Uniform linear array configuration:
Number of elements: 8
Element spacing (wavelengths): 0.5
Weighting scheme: hamming
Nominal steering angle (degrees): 60
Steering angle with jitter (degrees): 61.058
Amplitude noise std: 0.05
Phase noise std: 0.05

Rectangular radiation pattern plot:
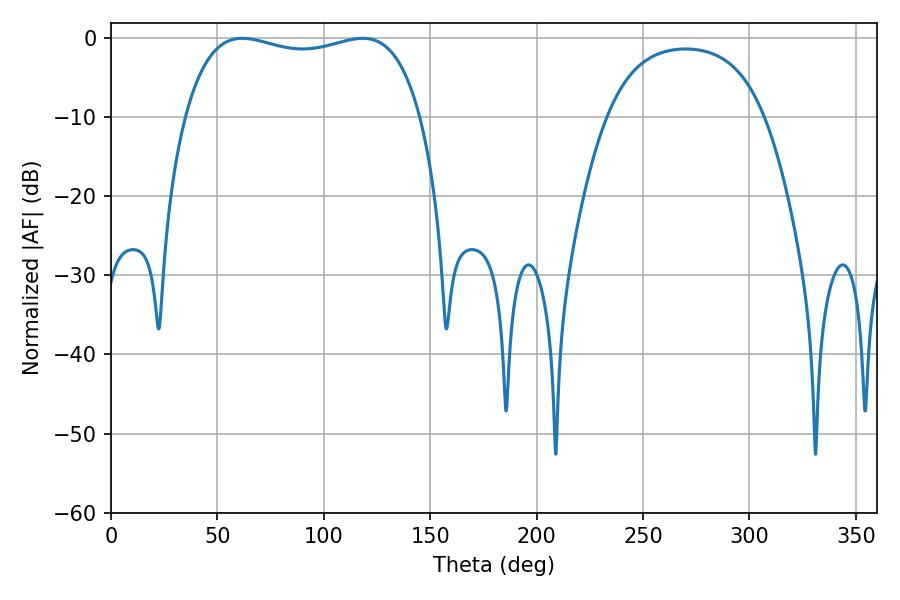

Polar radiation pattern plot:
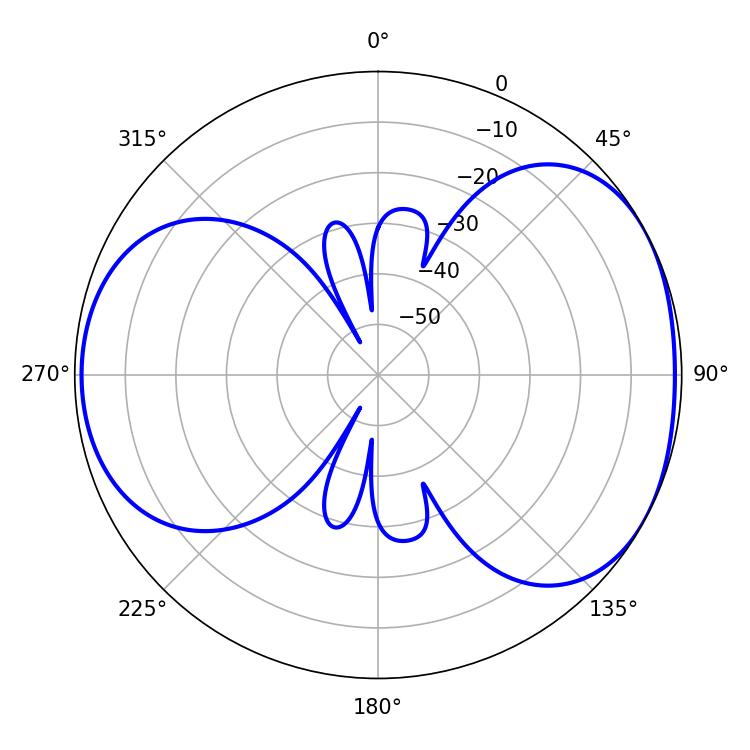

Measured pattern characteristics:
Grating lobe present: FALSE
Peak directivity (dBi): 4.84
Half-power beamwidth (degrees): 90
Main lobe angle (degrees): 61.74